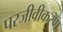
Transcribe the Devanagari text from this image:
परजीवीकरण